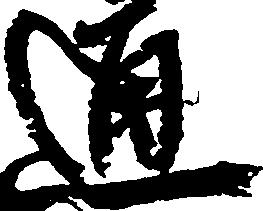
通